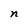
Character: n